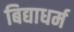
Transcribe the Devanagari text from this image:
बिद्याधर्म